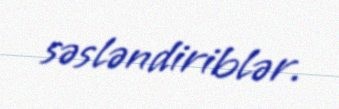
səsləndiriblər.